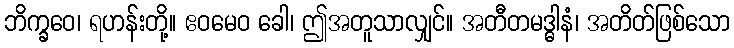
ဘိက္ခဝေ၊ ရဟန်းတို့။ ဧဝမေဝ ခေါ၊ ဤအတူသာလျှင်။ အတီတမဒ္ဓါနံ၊ အတိတ်ဖြစ်သော